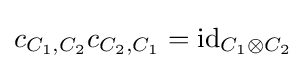
c_{C_{1},C_{2}}c_{C_{2},C_{1}}=\mathrm {id} _{C_{1}\otimes C_{2}}